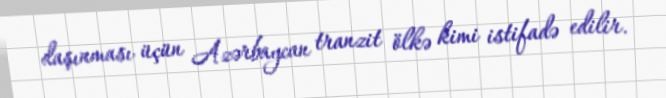
daşınması üçün Azərbaycan tranzit ölkə kimi istifadə edilir.